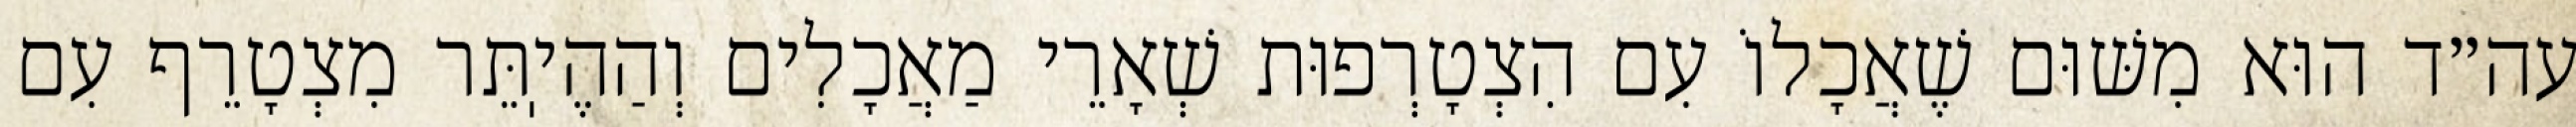
עה״ד הוּא מִשּׁוּם שֶׁאֲכָלוֹ עִם הִצְטָרְפוּת שְׁאָרֵי מַאֲכָלִים וְהַהֶיֽתֵּר מִצְטָרֵף עִם